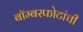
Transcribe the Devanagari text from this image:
बॉम्बस्फोटांची